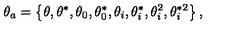
\theta _ { a } = \left\{ \theta , \theta ^ { \ast } , \theta _ { 0 } , \theta _ { 0 } ^ { \ast } , \theta _ { i } , \theta _ { i } ^ { \ast } , \theta _ { i } ^ { 2 } , \theta _ { i } ^ { \ast 2 } \right\} ,